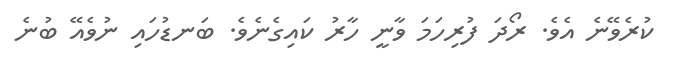
ކުރެވޭނެ އެވެ. ރޯދަ ފުރިހަމަ ވާނީ ހާރު ކައިގެނެވެ. ބަނޑުހައި ނުވެއޭ ބުނެ